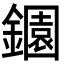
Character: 𬬎